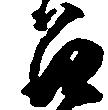
召